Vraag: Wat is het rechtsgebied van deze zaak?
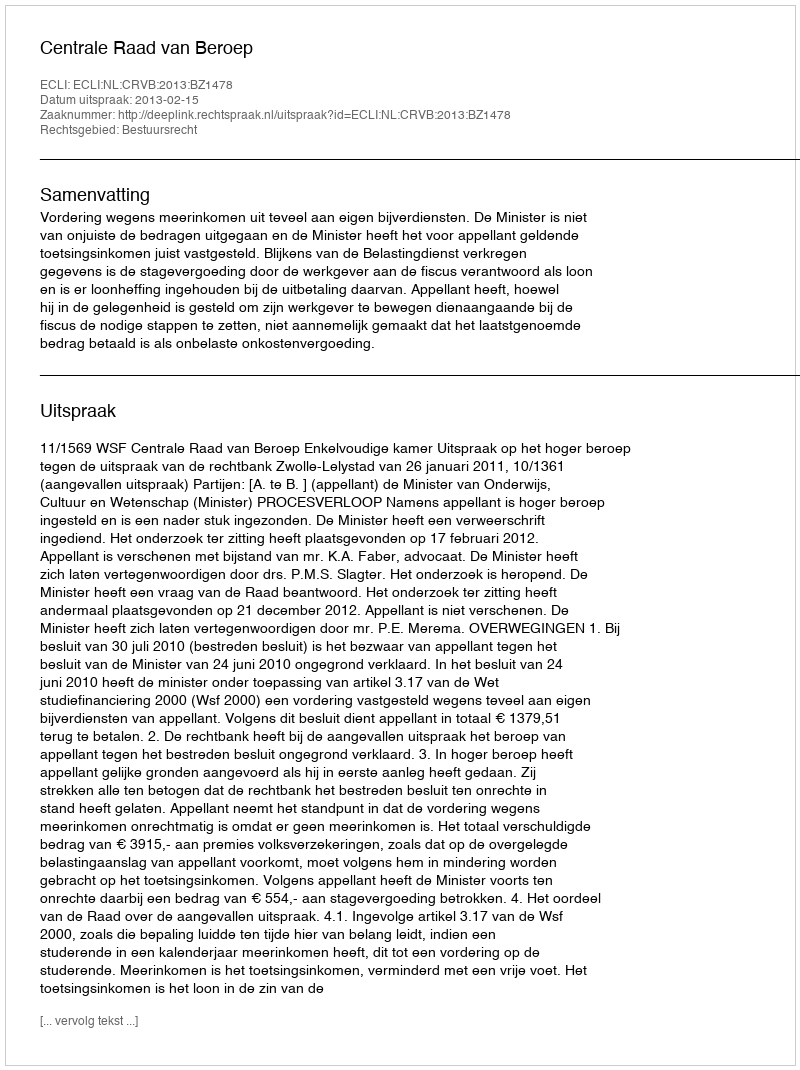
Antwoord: Bestuursrecht